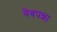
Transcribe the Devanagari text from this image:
वेबपन्ना